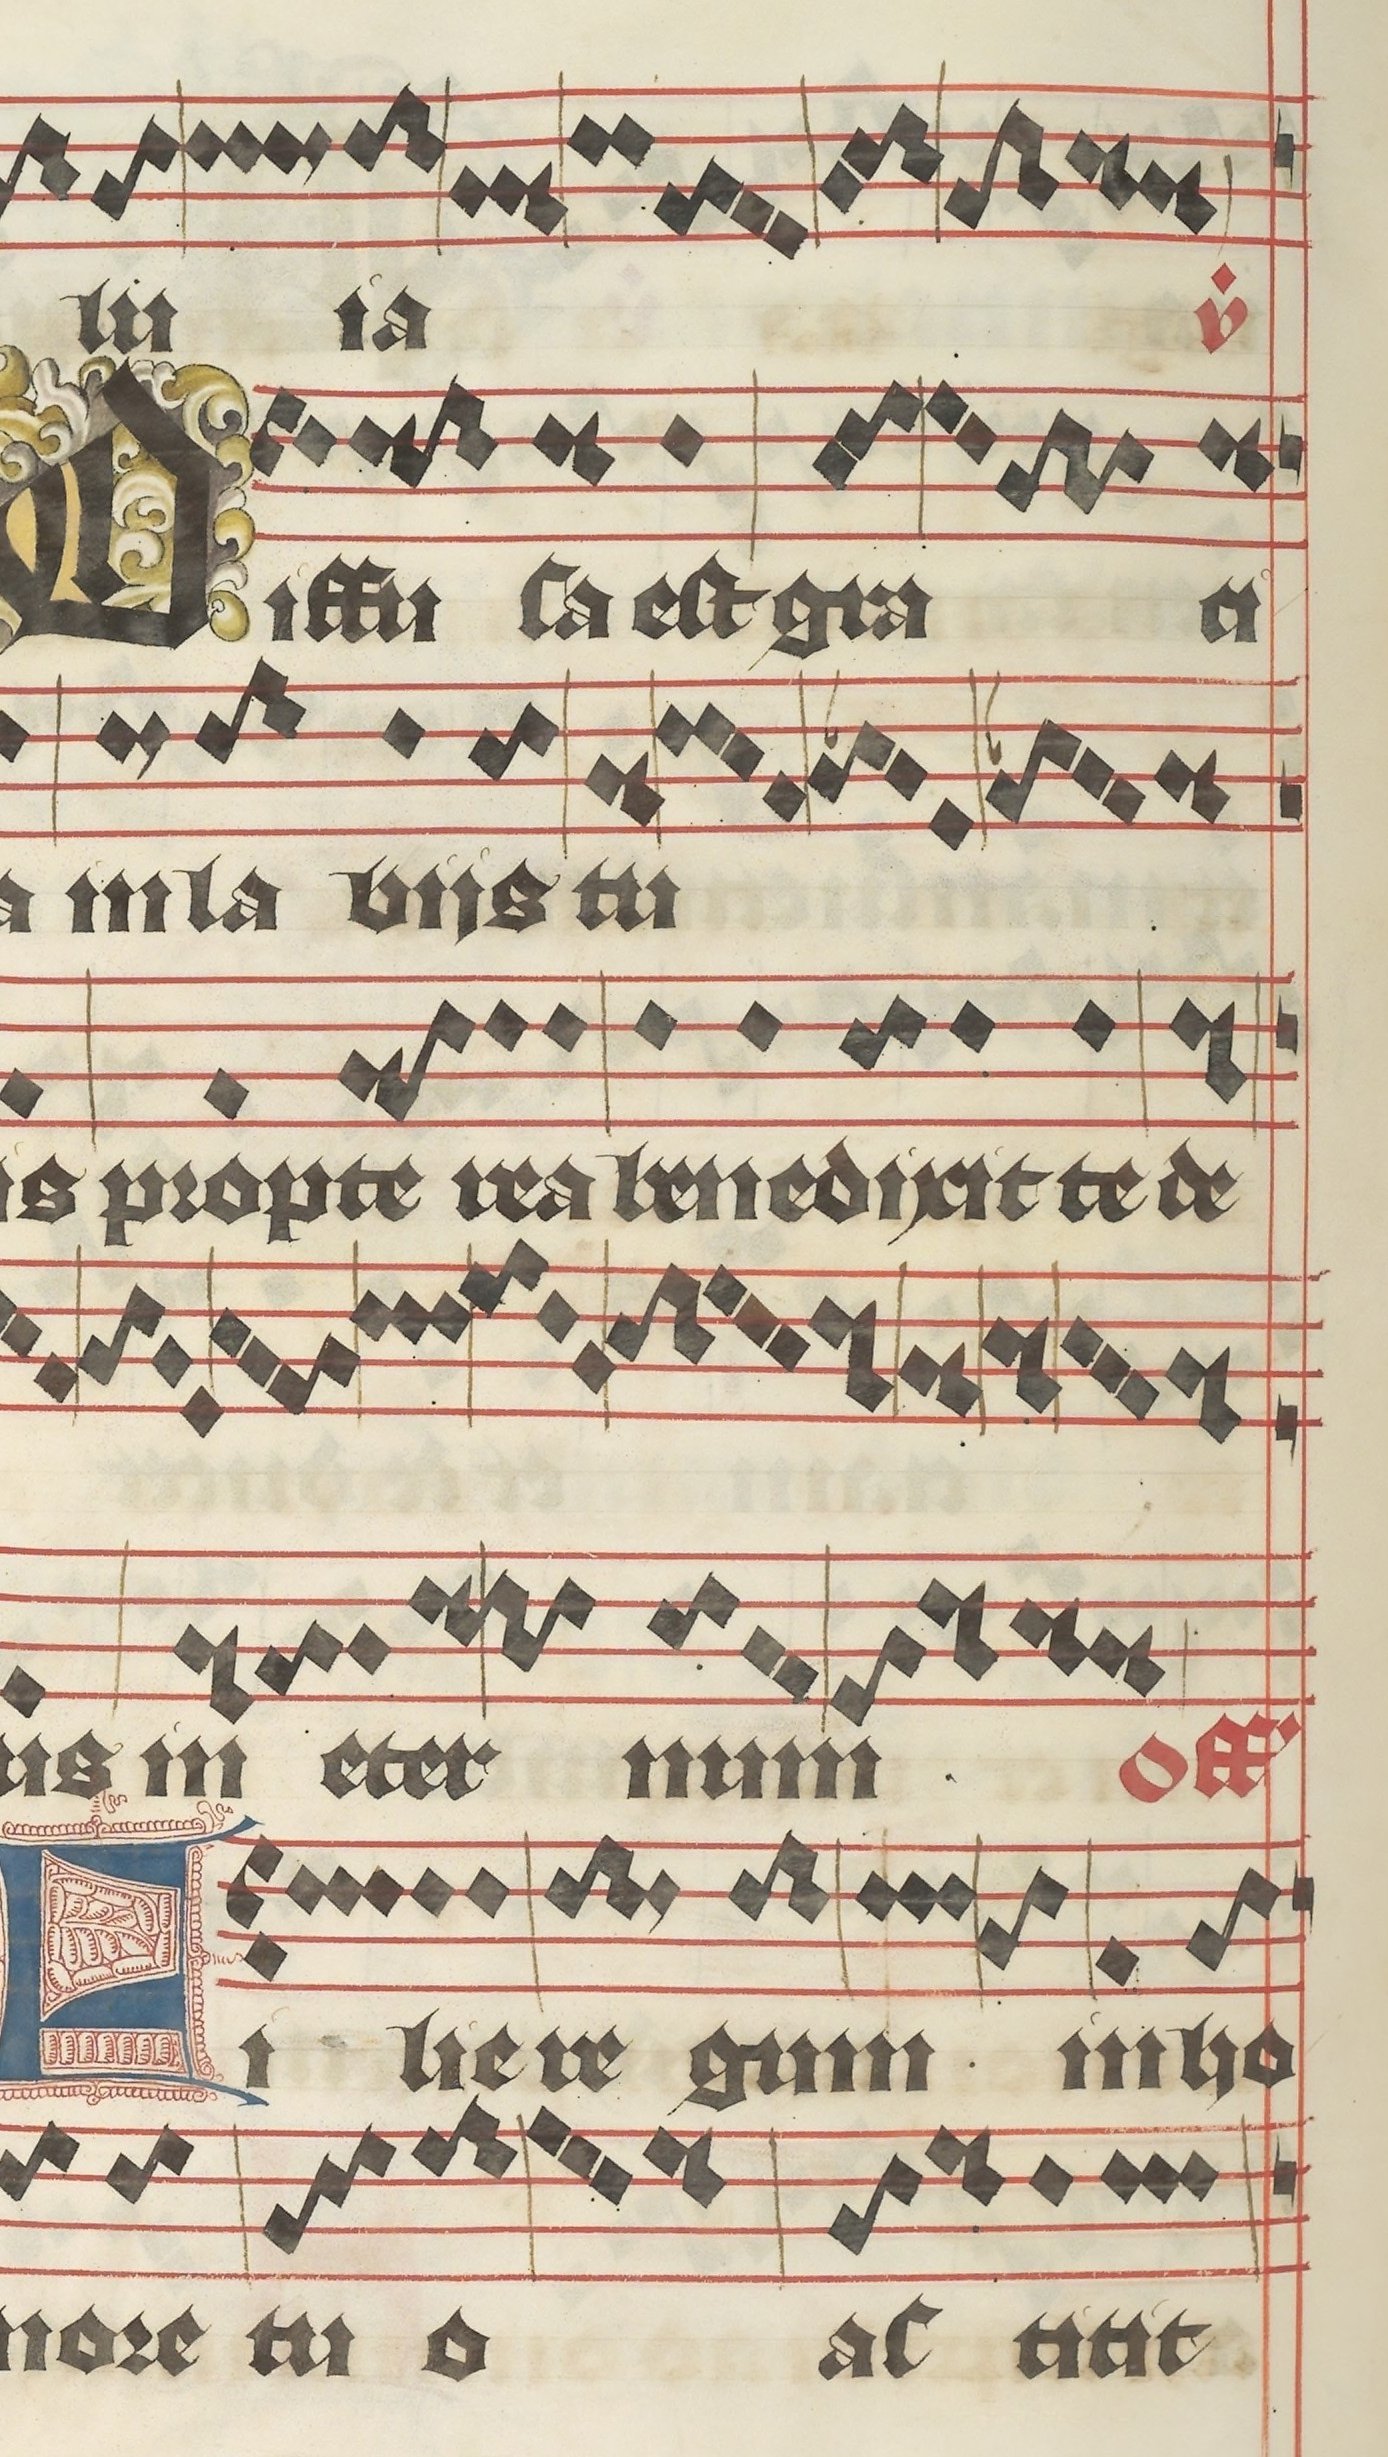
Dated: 1395–1425